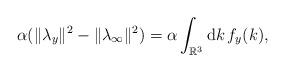
LaTeX: \begin{align*}\alpha(\|\lambda_y\|^2 -\|\lambda_{\infty}\|^2) =\alpha \int_{\mathbb{R}^3 }\mathrm{d}k \, f_y(k),\end{align*}